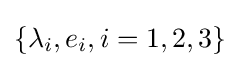
\{\lambda _{i},e_{i},i=1,2,3\}